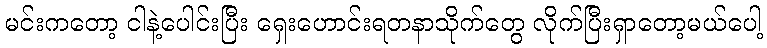
မင်းကတော့ ငါနဲ့ပေါင်းပြီး ရှေးဟောင်းရတနာသိုက်တွေ လိုက်ပြီးရှာတော့မယ်ပေါ့